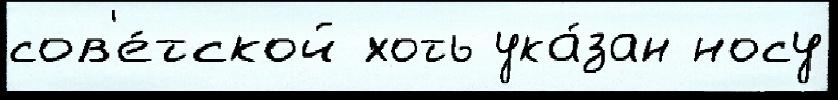
сов'е́тской хоть ука́зан носу